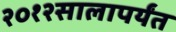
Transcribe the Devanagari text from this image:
२०१२सालापर्यंत